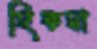
হিকমা